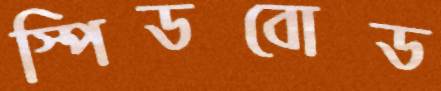
স্পিডবোড